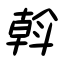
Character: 斡